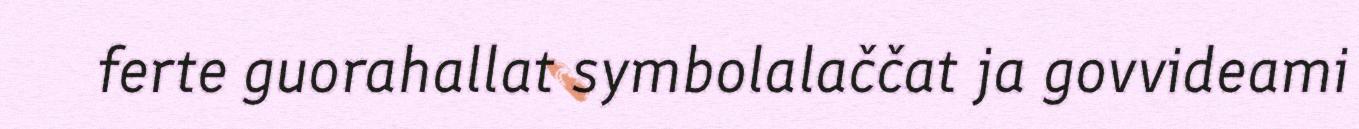
ferte guorahallat symbolalaččat ja govvideami